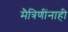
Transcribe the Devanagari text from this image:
मैत्रिणींनाही